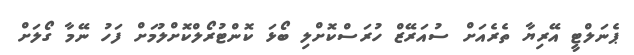
ޕެނަލްޓީ އޭރިޔާ ތެރެއަށް ސުއަރޭޒް ހުރަސްކޮށްލި ބޯޅަ ކޮންޓުރޯލްކޮށްލުމަށް ފަހު ނޭމާ ގޯލަށް